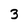
Character: 3